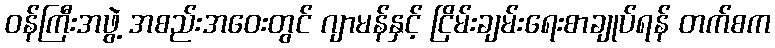
ဝန်ကြီးအဖွဲ့ အစည်းအဝေးတွင် ဂျာမန်နှင့် ငြိမ်းချမ်းရေးစာချုပ်ရန် တက်စက